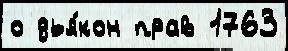
о дья́кон прав 1763